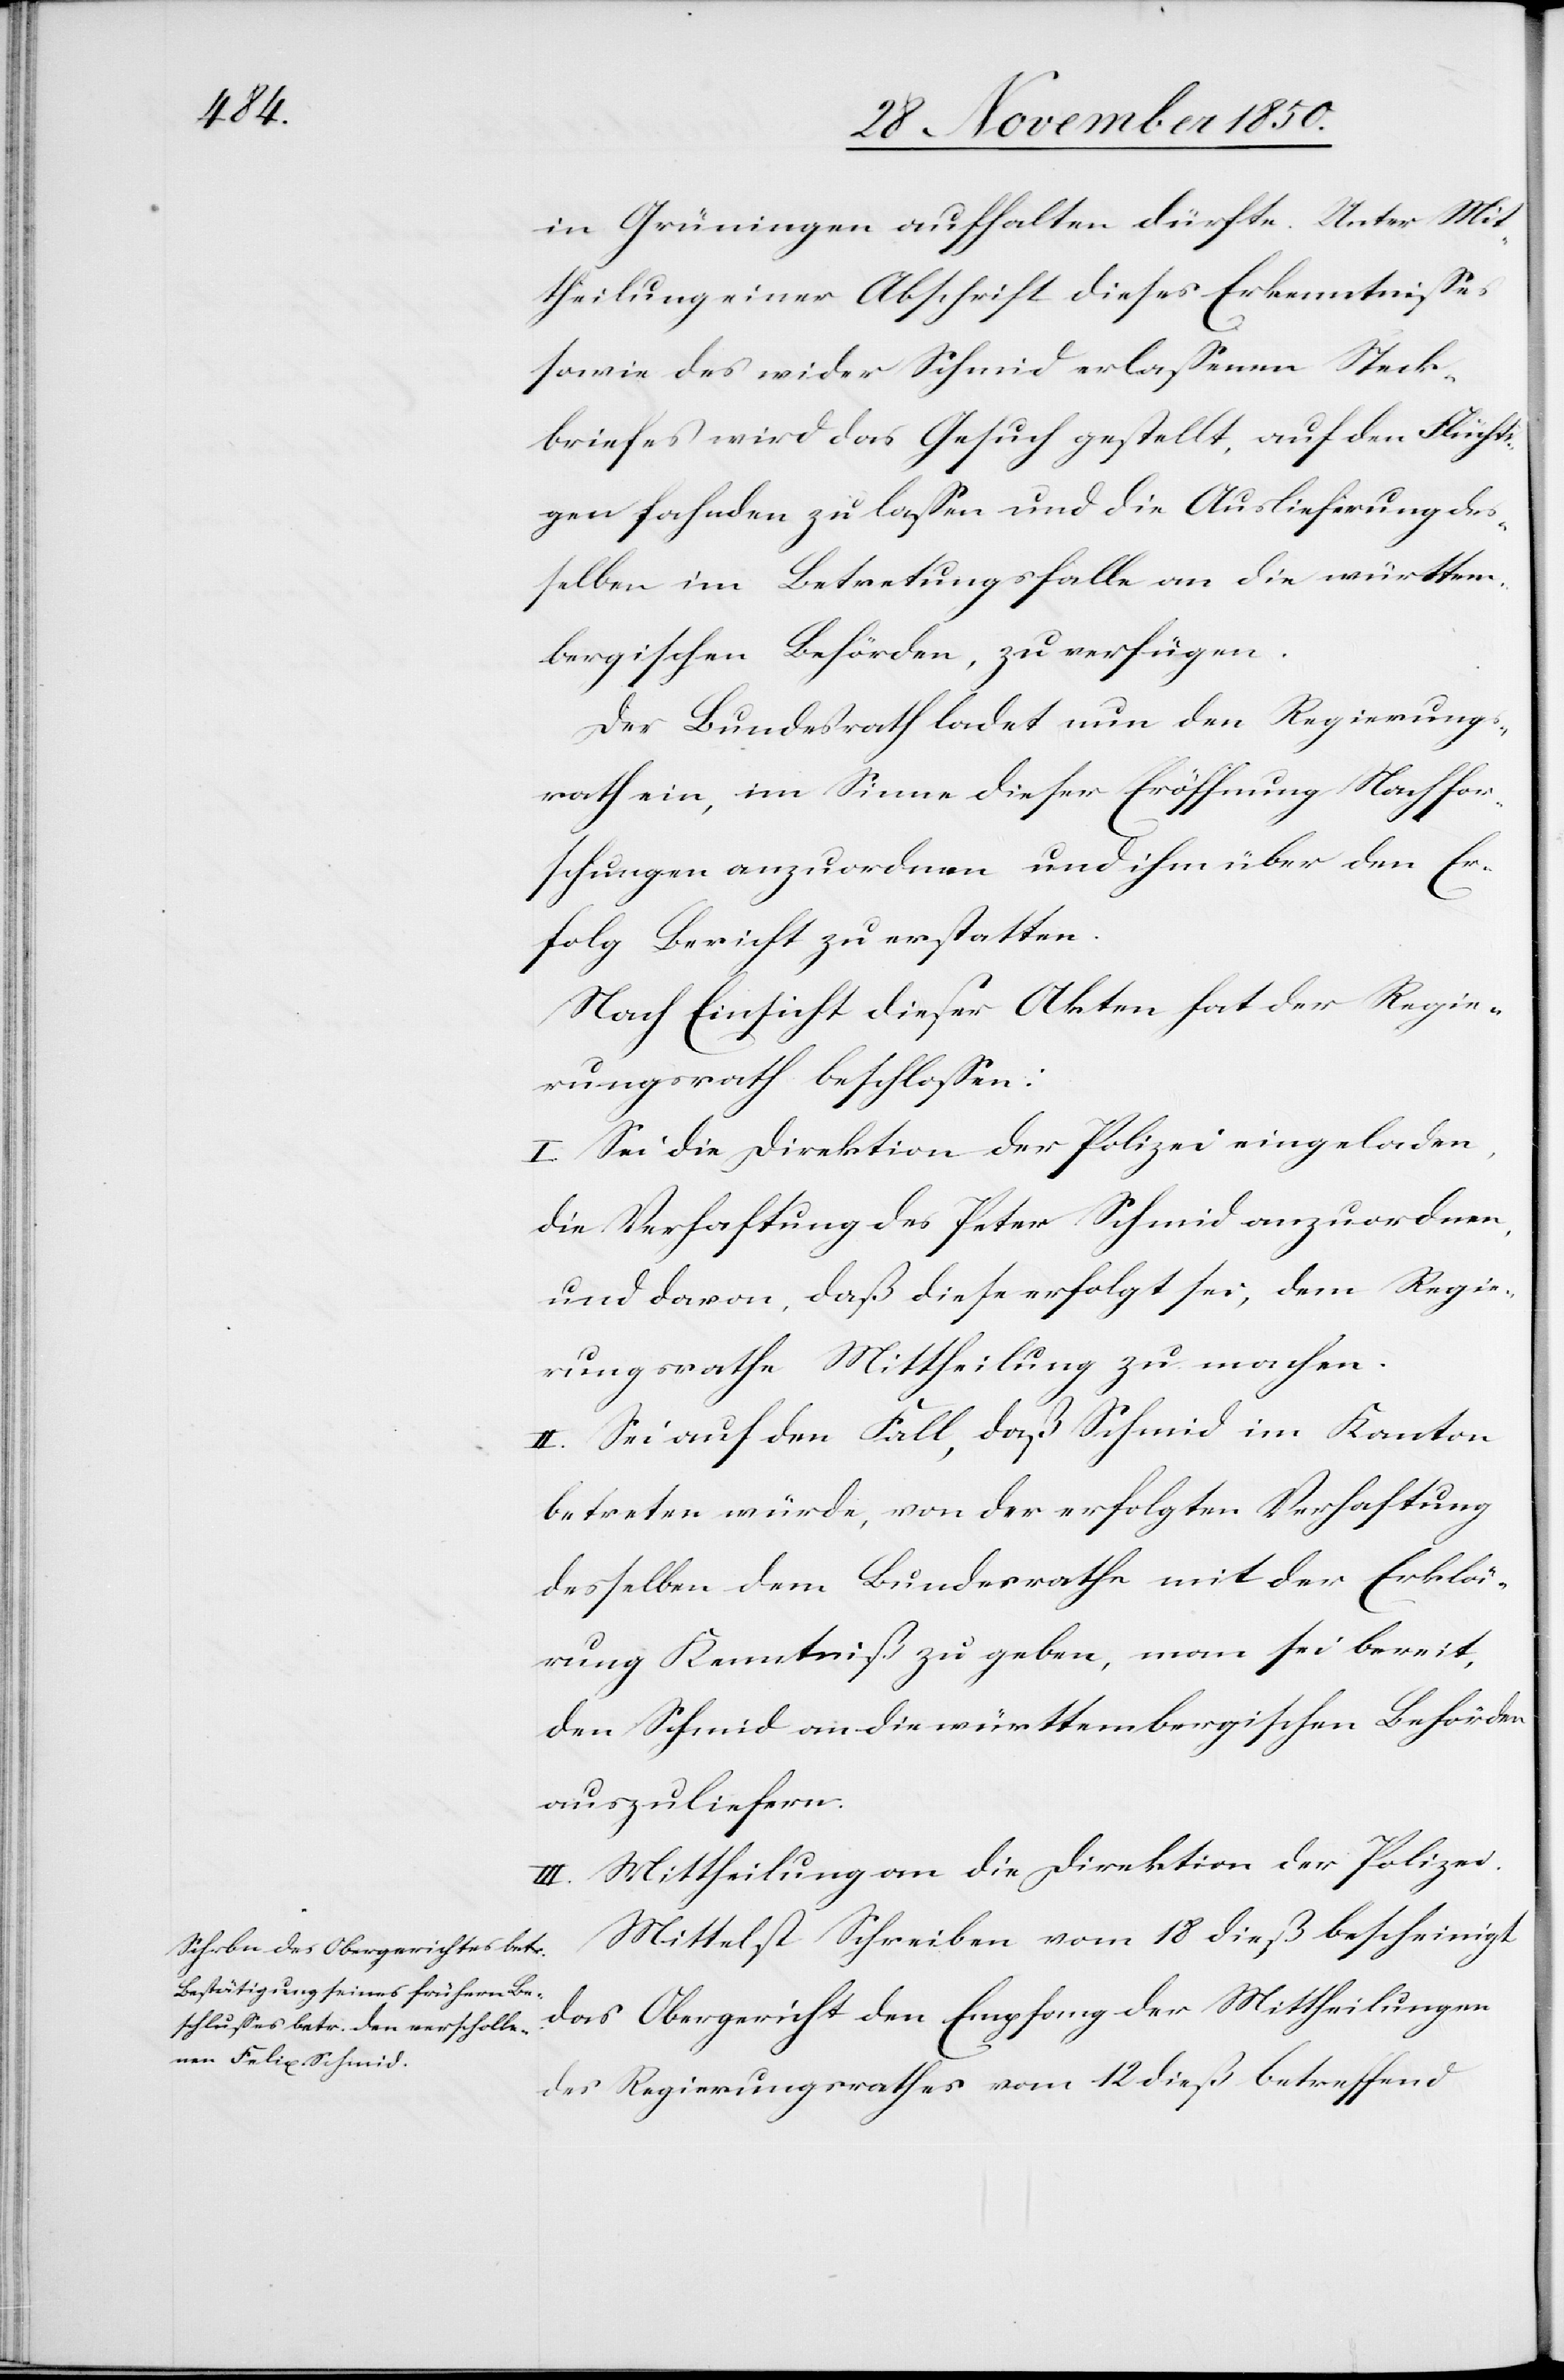
in Grüningen aufhalten dürfte. Unter Mit¬
theilung einer Abschrift dieses Erkenntnisses
sowie des wider Schmid erlassenen Steck¬
briefes wird das Gesuch gestellt, auf den Flüchti¬
gen fahnden zu lassen und die Auslieferung des¬
selben im Betretungsfalle an die württem¬
bergischen Behörden, zu verfügen.
Der Bundesrath ladet nun den Regierungs¬
rath ein, im Sinne dieser Eröffnung Nachfor¬
schungen anzuordnen und ihm über den Er¬
folg Bericht zu erstatten.
Nach Einsicht dieser Akten hat der Regie¬
rungsrath beschlossen:
I. Sei die Direktion der Polizei eingeladen,
die Verhaftung des Peter Schmid anzuordnen,
und davon, daß diese erfolgt sei, dem Regie¬
rungsrathe Mittheilung zu machen.
II. Sei auf den Fall, daß Schmid im Kanton
betreten würde, von der erfolgten Verhaftung
desselben dem Bundesrathe mit der Erklä¬
rung Kenntniß gegeben, man sei bereit,
den Schmid an die württembergischen Behörden
auszuliefern.
III. Mittheilung an die Direktion der Polizei.
Mittelst Schreiben vom 18 dieß bescheinigt
das Obergericht den Empfang der Mittheilungen
des Regierungsrathes vom 12 dieß betreffend